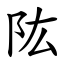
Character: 䧀